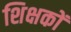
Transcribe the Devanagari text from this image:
शिक्षकों